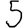
Digit: 5